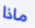
ماذا